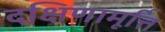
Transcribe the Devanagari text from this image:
दक्षिणामूर्त्ति